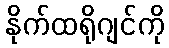
နိုက်ထရိုဂျင်ကို